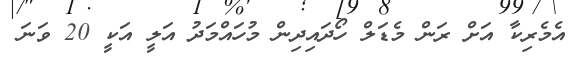
އެމެރިކާ އަށް ރަން މެޑަލް ހޯދައިދިން މުހައްމަދު އަލީ އަކީ 20 ވަނަ